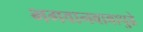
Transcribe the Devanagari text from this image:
भगवानबाबापुढे